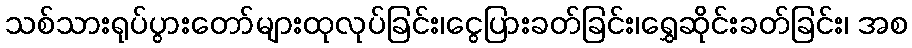
သစ်သားရုပ်ပွားတော်များထုလုပ်ခြင်း၊ငွေပြားခတ်ခြင်း၊ရွှေဆိုင်းခတ်ခြင်း၊ အစ